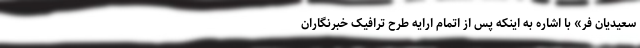
سعیدیان فر» با اشاره به اینکه پس از اتمام ارایه طرح ترافیک خبرنگاران